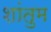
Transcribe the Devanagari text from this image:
शांतुम